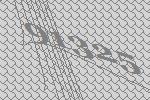
91325